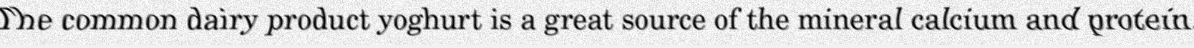
The common dairy product yoghurt is a great source of the mineral calcium and protein.